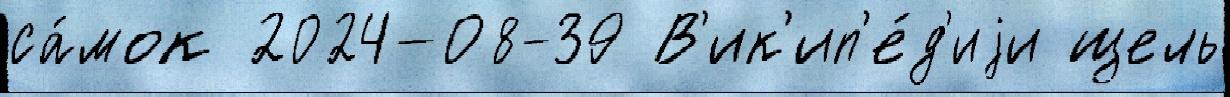
са́мок 2024-08-39 В'ик'ип'е́д'иjи щель